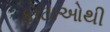
ફોટાઓથી